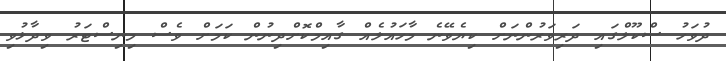
ދުވަހު ސްކޫލްގައި ދަރިވަރުންނަށް ކިޔެވޭނެ މާހައުލެއް ގާއިމްކޮށްދިނުން ކަމަށް ވެސް މިނިސްޓަރު ވިދާޅުވި